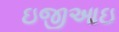
ઇજીઆઇ